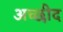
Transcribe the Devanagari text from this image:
अच्छीद